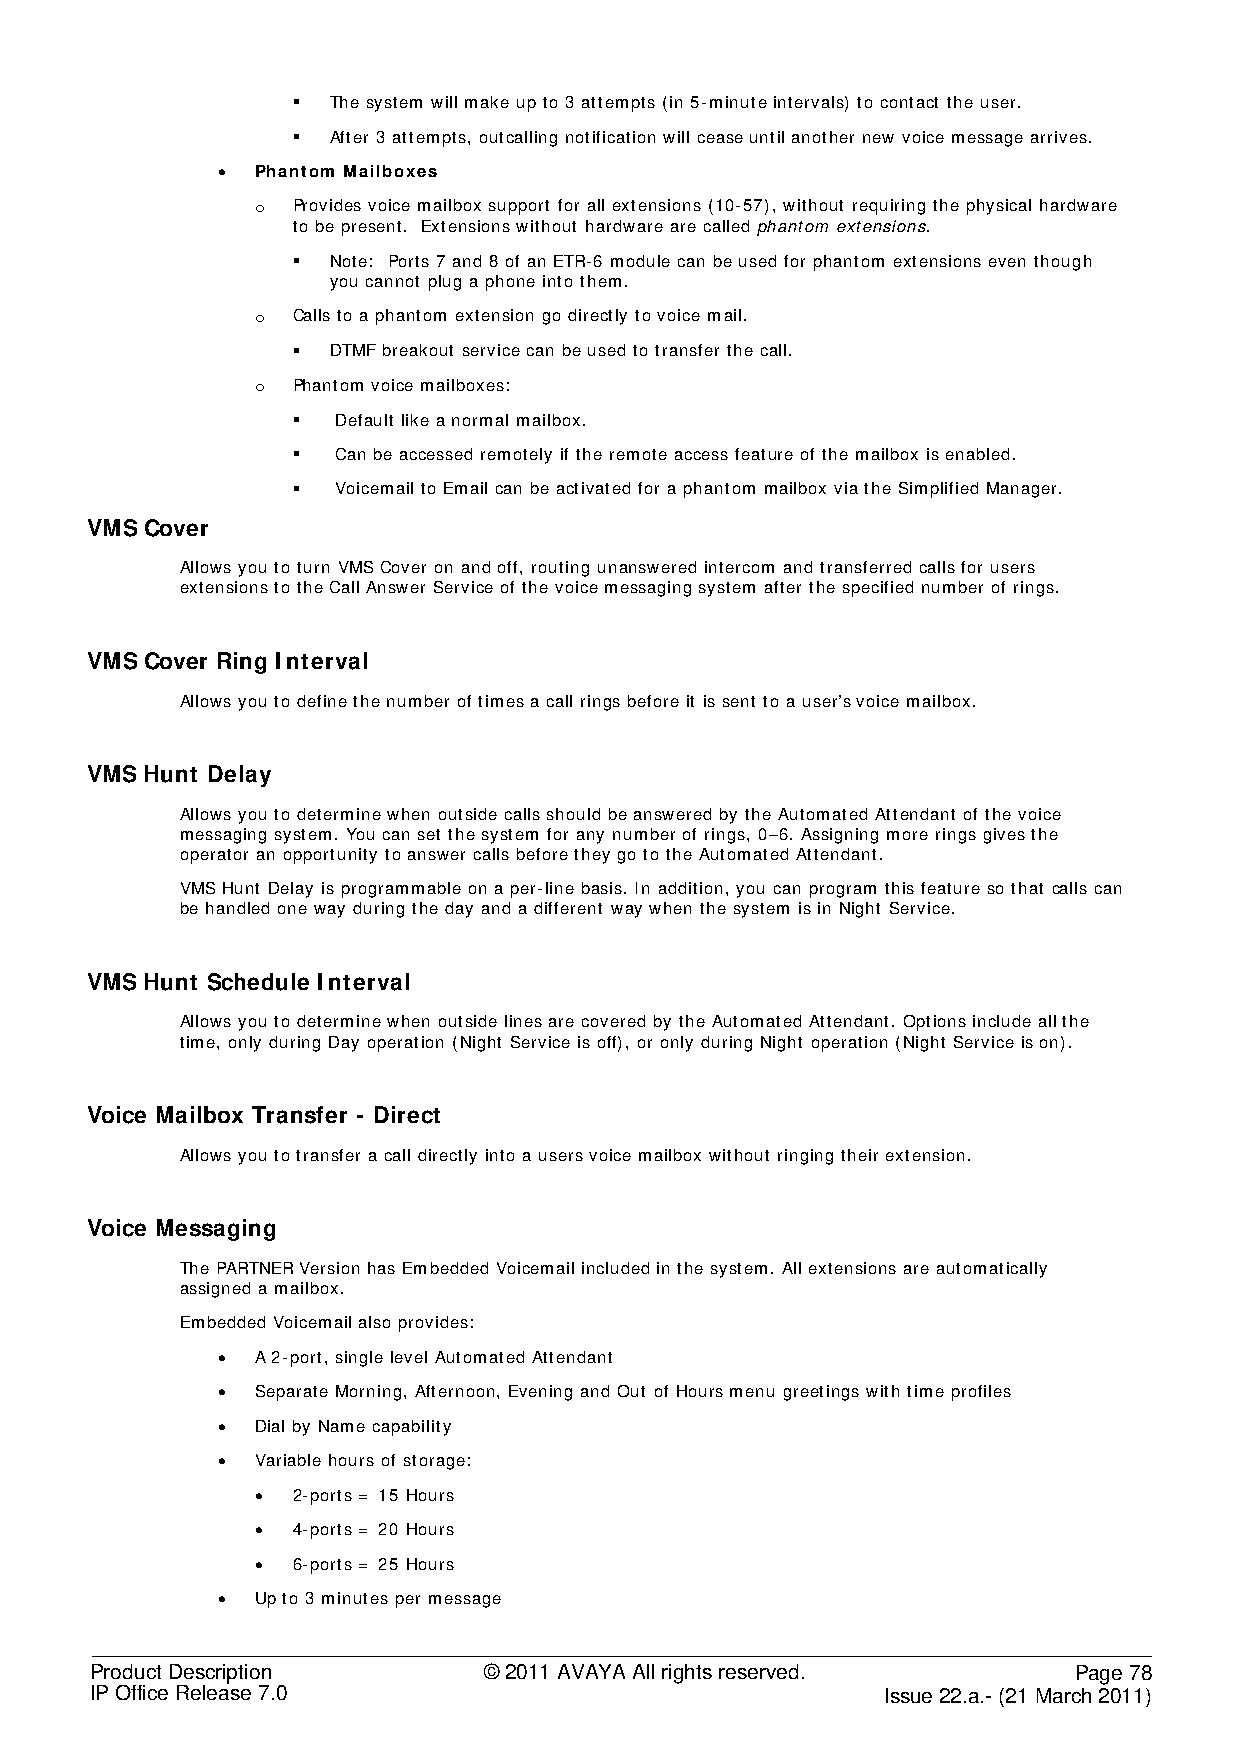
§  The system will make up to 3 attempts (in 5-minute intervals) to contact the user.
 §  After 3 attempts, outcalling notification will cease until another new voice message arrives.
 •  Phantom Mailboxes
 o Provides voice mailbox support for all extensions (10-57), without requiring the physical hardware
 to be present. Extensions without hardware are called phantom extensions.
 §  Note: Ports 7 and 8 of an ETR-6 module can be used for phantom extensions even though
 you cannot plug a phone into them.
 o Calls to a phantom extension go directly to voice mail.
 §  DTMF breakout service can be used to transfer the call.
 o Phantom voice mailboxes:
 §  Default like a normal mailbox.
 §  Can be accessed remotely if the remote access feature of the mailbox is enabled.
 §  Voicemail to Email can be activated for a phantom mailbox via the Simplified Manager.
 VMS Cover
 Allows you to turn VMS Cover on and off, routing unanswered intercom and transferred calls for users
 extensions to the Call Answer Service of the voice messaging system after the specified number of rings.
 VMS Cover Ring Interval
 Allows you to define the number of times a call rings before it is sent to a user’s voice mailbox.
 VMS Hunt Delay
 Allows you to determine when outside calls should be answered by the Automated Attendant of the voice
 messaging system. You can set the system for any number of rings, 0–6. Assigning more rings gives the
 operator an opportunity to answer calls before they go to the Automated Attendant.
 VMS Hunt Delay is programmable on a per-line basis. In addition, you can program this feature so that calls can
 be handled one way during the day and a different way when the system is in Night Service.
 VMS Hunt Schedule Interval
 Allows you to determine when outside lines are covered by the Automated Attendant. Options include all the
 time, only during Day operation (Night Service is off), or only during Night operation (Night Service is on).
 Voice Mailbox Transfer - Direct
 Allows you to transfer a call directly into a users voice mailbox without ringing their extension.
 Voice Messaging
 The PARTNER Version has Embedded Voicemail included in the system. All extensions are automatically
 assigned a mailbox.
 Embedded Voicemail also provides:
 •  A 2-port, single level Automated Attendant
 •  Separate Morning, Afternoon, Evening and Out of Hours menu greetings with time profiles
 •  Dial by Name capability
 •  Variable hours of storage:
 • 2-ports = 15 Hours
 • 4-ports = 20 Hours
 • 6-ports = 25 Hours
 •  Up to 3 minutes per message
 Product Description       © 2011 AVAYA All rights reserved.      Page 78
 IP Office Release 7.0                                Issue 22.a.- (21 March 2011)